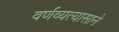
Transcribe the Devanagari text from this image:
वर्णव्यत्यासाने